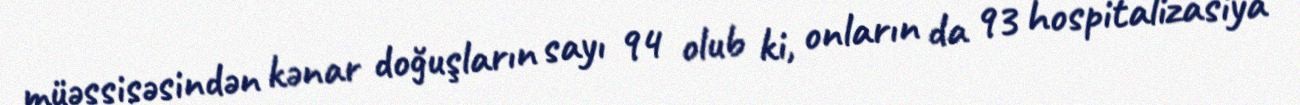
müəssisəsindən kənar doğuşların sayı 94 olub ki, onların da 93 hospitalizasiya